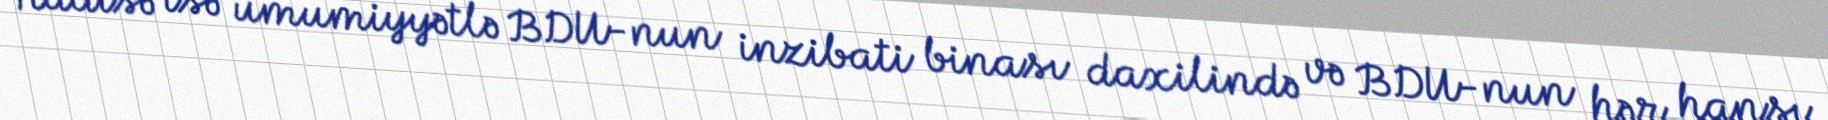
Hadisə isə ümumiyyətlə BDU-nun inzibati binası daxilində və BDU-nun hər hansı